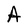
Character: A